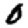
Digit: 0